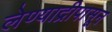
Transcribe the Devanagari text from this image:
लेण्याद्रीपासून